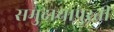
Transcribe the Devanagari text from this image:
समुदायापुरती